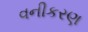
વનીકરણ